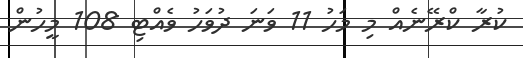
ކުރާ ކްރޭނެއް މި މަހު 11 ވަނަ ދުވަހު ވެއްޓި 108 މީހުން